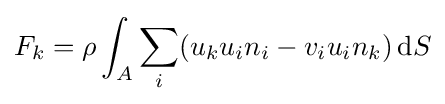
F_{k}=\rho \int _{A}\sum _{i}(u_{k}u_{i}n_{i}-v_{i}u_{i}n_{k})\,\mathrm {d} S